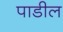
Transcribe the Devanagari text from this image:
पाडील